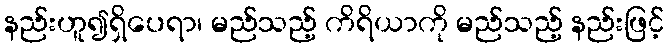
နည်းဟူ၍ရှိပေရာ၊ မည်သည့် ကိရိယာကို မည်သည့် နည်းဖြင့်